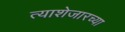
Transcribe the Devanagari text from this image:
त्याशेजारच्या